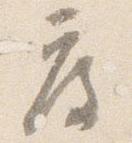
度